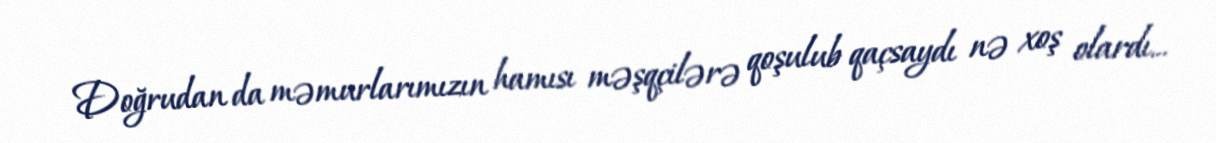
Doğrudan da məmurlarımızın hamısı məşqçilərə qoşulub qaçsaydı nə xoş olardı...